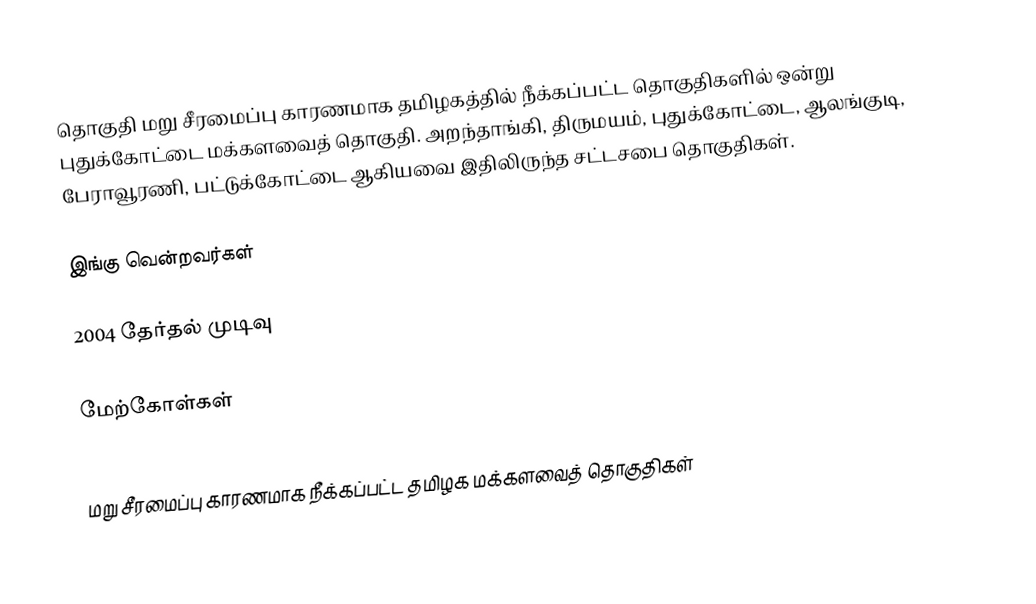
தொகுதி மறு சீரமைப்பு காரணமாக தமிழகத்தில் நீக்கப்பட்ட தொகுதிகளில் ஒன்று புதுக்கோட்டை மக்களவைத் தொகுதி. அறந்தாங்கி, திருமயம், புதுக்கோட்டை, ஆலங்குடி, பேராவூரணி, பட்டுக்கோட்டை ஆகியவை இதிலிருந்த சட்டசபை தொகுதிகள்.

இங்கு வென்றவர்கள்

2004 தேர்தல் முடிவு

மேற்கோள்கள்

மறு சீரமைப்பு காரணமாக நீக்கப்பட்ட தமிழக மக்களவைத் தொகுதிகள்